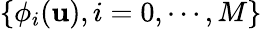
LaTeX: \{ \phi_{i}(\mathbf{u}),i=0,\cdots,M\}